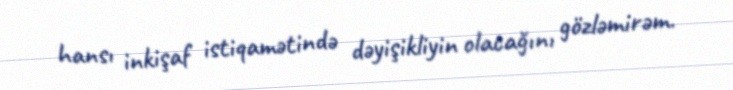
hansı inkişaf istiqamətində dəyişikliyin olacağını gözləmirəm.